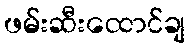
ဖမ်းဆီးထောင်ချ